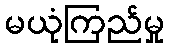
မယုံကြည်မှု